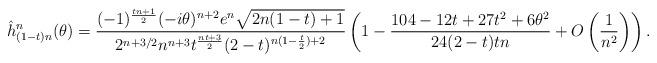
LaTeX: \begin{align*}\hat h^n_{(1-t)n}(\theta)=\frac{(-1)^{\frac{tn+1}{2}}(-i\theta)^{n+2}e^n\sqrt{2n(1-t)+1}}{2^{n+3/2} n^{n+3}t^{\frac{nt+3}{2}} (2-t)^{n(1-\frac{t}{2})+2}}\left(1-\frac{104-12t+27t^2+6\theta^2}{24(2-t)tn}+O\left(\frac{1}{n^2}\right)\right).\end{align*}